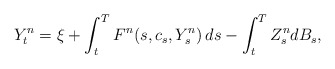
\begin{align*} Y^n_t = \xi + \int_t^T F^n(s, c_s, Y^n_s) \, ds - \int_t^T Z^n_s dB_s, \end{align*}